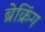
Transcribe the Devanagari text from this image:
ब्रेक्रिंग